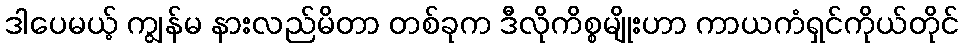
ဒါပေမယ့် ကျွန်မ နားလည်မိတာ တစ်ခုက ဒီလိုကိစ္စမျိုးဟာ ကာယကံရှင်ကိုယ်တိုင်